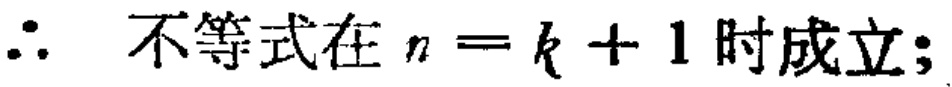
\(\therefore\) 不等式在 \(n = k + 1\) 时成立;